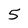
Character: 5